Report on metropolitan horse fairs and district horse shows of 1891-92 - 1891-1892
Year: 1891
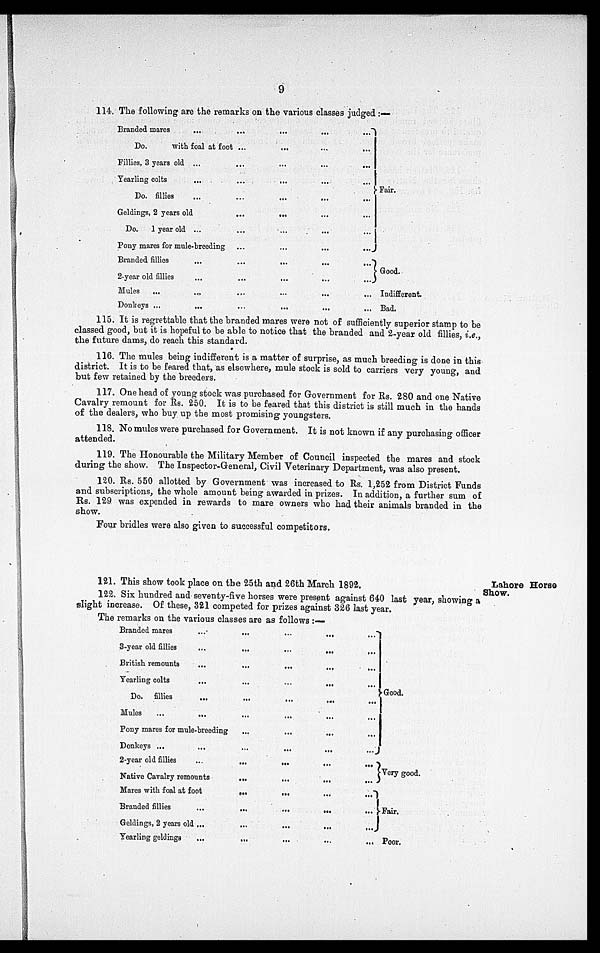
9
114. The following are the remarks on the various classes judged :—
Branded mares
...
Do.
with foal at foot
Fillies, 3 years old
Yearling colts
Do. fillies
Geldings, 2 years old
Do.
1 year old
...
...
...
Pony mares for mule-breeding
Branded fillies
2-year old fillies
Mules
...
Donkeys ...
...
...
...
...
...
...
...
...
...
...
...
...
...
...
...
...
...
...
...
...
...
...
...
...
...
...
...
...
...
...
...
...
...
...
...
...
...
...
...
...
...
...
...
...
...
...
...
...
...
Fair.
Good.
Indifferent.
Bad.
115. It is regrettable that the branded mares were not of sufficiently superior stamp to be
classed good, but it is hopeful to be able to notice that the branded and 2-year old fillies, i.e.,
the future dams, do reach this standard.
116. The mules being indifferent is a matter of surprise, as much breeding is done in this
district. It is to be feared that, as elsewhere, mule stock is sold to carriers very young, and
but few retained by the breeders.
117. One head of young stock was purchased for Government for Rs. 280 and one Native
Cavalry remount for Rs. 250. It is to be feared that this district is still much in the hands
of the dealers, who buy up the most promising youngsters.
118. No mules were purchased for Government. It is not known if any purchasing officer
attended.
119. The Honourable the Military Member of Council inspected the mares and stock
during the show. The Inspector-General, Civil Veterinary Department, was also present.
120. Rs. 550 allotted by Government was increased to Rs. 1,252 from District Funds
and subscriptions, the whole amount being awarded in prizes. In addition, a further sum of
Rs. 129 was expended in rewards to mare owners who had their animals branded in the
show.
Four bridles were also given to successful competitors.
Lahore Horse
Show.
121. This show took place on the 25th and 26th March 1892.
122. Six hundred and seventy-five horses were present against 640 last year, showing a
slight increase. Of these, 321 competed for prizes against 326 last year.
The remarks on the various classes are as follows:—
Branded mares
3-year old fillies
British remounts
Yearling colts
Do. fillies
Mules
...
...
...
...
...
Pony mares for mule-breeding
Donkeys ...
2-year old fillies
...
...
Native Cavalry remounts
Mares with foal at foot
Branded fillies
Geldings, 2 years old
Yearling geldings
...
...
...
...
...
...
...
...
...
...
...
...
...
...
...
...
...
...
...
...
...
...
...
...
...
...
...
...
...
...
...
...
...
...
...
...
...
...
...
...
...
...
...
...
...
...
...
...
...
...
...
...
...
...
...
...
Good.
Very good.
Fair.
Poor.